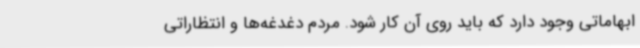
ابهاماتی وجود دارد که باید روی آن کار شود. مردم دغدغه‌ها و انتظاراتی